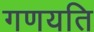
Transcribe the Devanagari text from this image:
गणयति